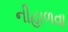
નીહાળવા